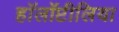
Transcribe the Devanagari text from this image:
हॉलॉप्टीलिया